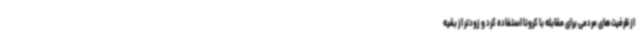
از ظرفیت های مردمی برای مقابله با کرونا استفاده کرد و زودتر از بقیه